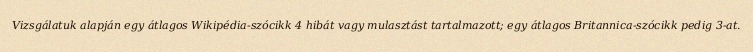
Vizsgálatuk alapján egy átlagos Wikipédia-szócikk 4 hibát vagy mulasztást tartalmazott; egy átlagos Britannica-szócikk pedig 3-at.